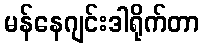
မန်နေဂျင်းဒါရိုက်တာ